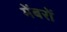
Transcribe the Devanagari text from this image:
मेंबरों